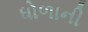
ધોળાની